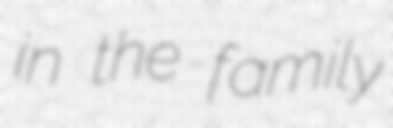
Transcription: in the family